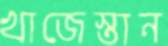
খাজেস্তান